Scottish Certificate of Education, 1963
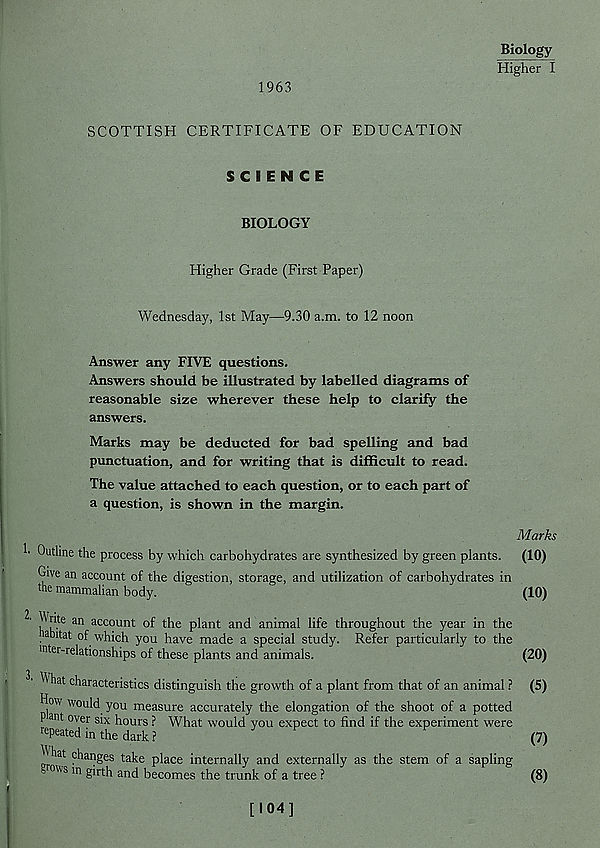
1963
Biology
Higher I
SCOTTISH CERTIFICATE OF EDUCATION
SCIENCE
BIOLOGY
Higher Grade (First Paper)
Wednesday, 1st May—9.30 a.m. to 12 noon
Answer any FIVE questions.
Answers should be illustrated by labelled diagrams of
reasonable size wherever these help to clarify the
answers.
Marks may be deducted for bad spelling and bad
punctuation, and for writing that is difficult to read.
The value attached to each question, or to each part of
a question, is shown in the margin.
Outline the process by which carbohydrates are synthesized by green plants.
Give an account of the digestion, storage, and utilization of carbohydrates in
hie mammalian body.
^nte an account of the plant and animal life throughout the year in the
.tat of which you have made a special study. Refer particularly to the
inter-relationships of these plants and animals.
^ hat characteristics distinguish the growth of a plant from that of an animal ?
How would you measure accurately the elongation of the shoot of a potted
P ant over six hours ? What would you expect to find if the experiment were
repeated in the dark?
^hat changes take place internally and externally as the stem of a sapling
■ °" s ln §* r th and becomes the trunk of a tree ?
Marks
(10)
(10)
(20)
(5)
(7)
(8)
[104]